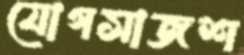
যোগসাজশ